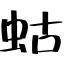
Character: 蛄